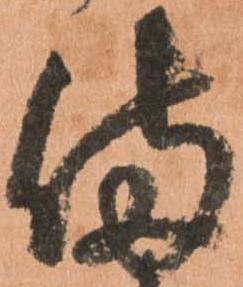
備